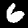
Digit: 6